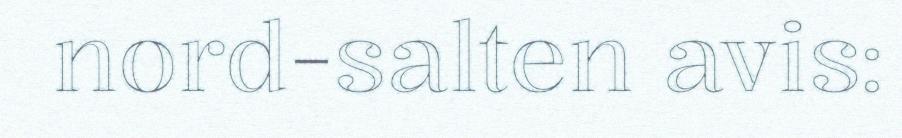
nord-salten avis: